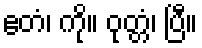
ဧတံ၊ ကို။ ဝုတ္တံ၊ ပြီ။